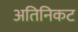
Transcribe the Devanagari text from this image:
अतिनिकट